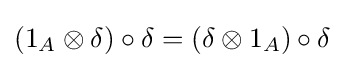
(1_{A}\otimes \delta )\circ \delta =(\delta \otimes 1_{A})\circ \delta